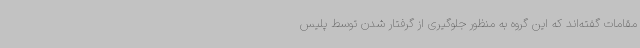
مقامات گفته‌اند که این گروه به منظور جلوگیری از گرفتار شدن توسط پلیس